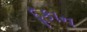
દૂકાન